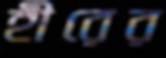
হীরের